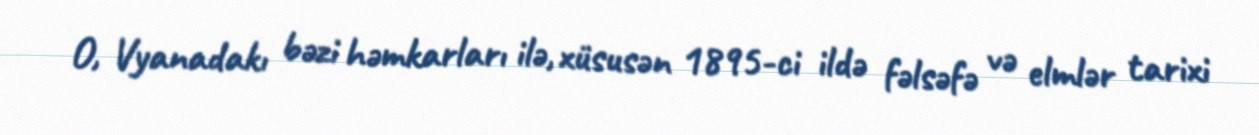
O, Vyanadakı bəzi həmkarları ilə, xüsusən 1895-ci ildə fəlsəfə və elmlər tarixi